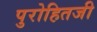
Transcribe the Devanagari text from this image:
पुरोहितजी